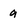
Character: a